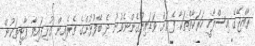
ރާއްޖޭގެ އިސްލާހީ ހަރަކާތްތަކާ ފެޔަށް ވަޑައިނުގެންނެވުނު ދެ ބޭފުޅުންގެ ތެރެއިން ގުޅިފައިވާ ޕާޓީތަކުން